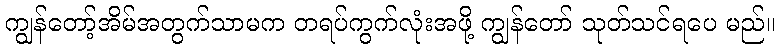
ကျွန်တော့်အိမ်အတွက်သာမက တရပ်ကွက်လုံးအဖို့ ကျွန်တော် သုတ်သင်ရပေ မည်။